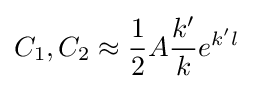
C_{1},C_{2}\approx {\frac {1}{2}}A{\frac {k'}{k}}e^{k'l}